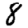
Digit: 8